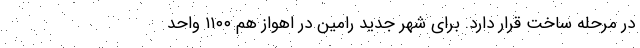
در مرحله ساخت قرار دارد. برای شهر جدید رامین در اهواز هم ۱۱۰۰ واحد